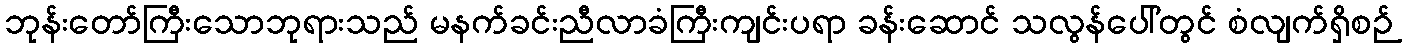
ဘုန်းတော်ကြီးသောဘုရားသည် မနက်ခင်းညီလာခံကြီးကျင်းပရာ ခန်းဆောင် သလွန်ပေါ်တွင် စံလျက်ရှိစဉ်